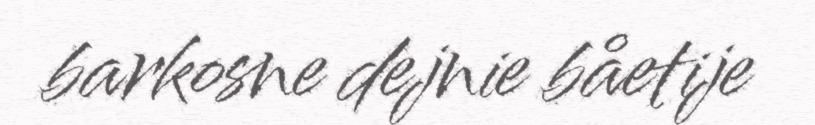
barkosne dejnie båetije